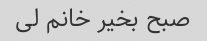
صبح بخیر خانم لی